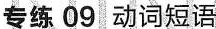
专练 09 动词短语